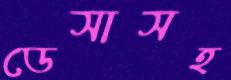
ডেসাসহ